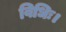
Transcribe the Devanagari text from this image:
विधिः।